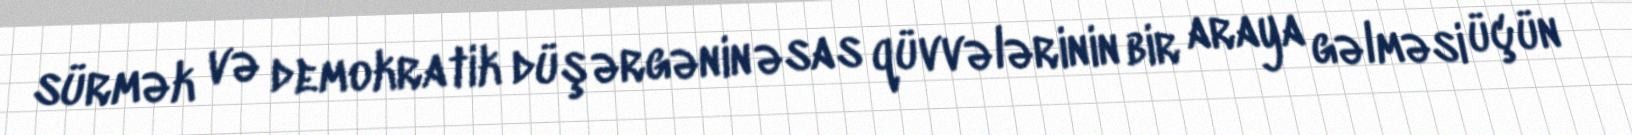
sürmək və demokratik düşərgənin əsas qüvvələrinin bir araya gəlməsi üçün